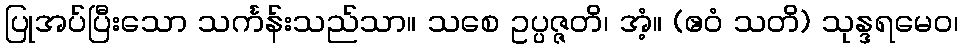
ပြုအပ်ပြီးသော သင်္ကန်းသည်သာ။ သစေ ဥပ္ပဇ္ဇတိ၊ အံ့။ (ဧဝံ သတိ) သုန္ဒရမေဝ၊